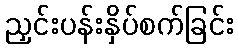
ညှင်းပန်းနှိပ်စက်ခြင်း